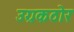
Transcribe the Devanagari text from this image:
उग्रकठोर